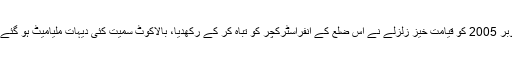
8 اکتوبر 2005 کو قیامت خیز زلزلے نے اس ضلع کے انفراسٹرکچر کو تباہ کر کے رکھدیا، بالاکوٹ سمیت کئی دیہات ملیامیٹ ہو گئے تھے۔